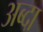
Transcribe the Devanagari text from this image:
अब्दा